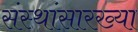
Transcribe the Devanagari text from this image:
संस्थांसारख्या